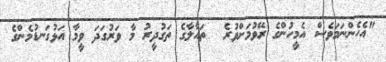
"އެހެންނަމަވެސް އެމީހުންގެ ރޭވުމަށްވުރެ  ތައާލާގެ ތަގުދީރު މާ ވަރުގަދަ ވީމާ އަޅުގަނޑުމެންގެ